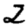
Digit: 2